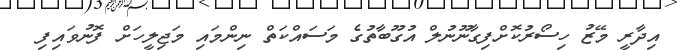
އިދާރީ މޭޒު ހިސޯރުކޮށްފިގާނޫނުލް އުގޫބާތުގެ މަސައްކަތް ނިންމައި މަޖިލީހަށް ފޮނުވައިފި